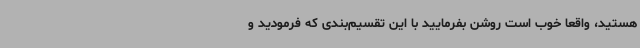
هستید، واقعا خوب است روشن بفرمایید با این تقسیم‌بندی که فرمودید و